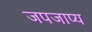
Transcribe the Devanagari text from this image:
जपजाप्य